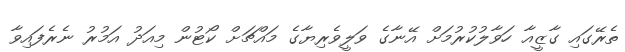
ތެރޭގައި ގާޒީއާ ހަވާލުކުރުމަށް އޭނާގެ ވަލީވެރިޔާގެ މައްޗަށް ކޯޓުން މިއަދު އަމުރު ނެރެފައިވާ